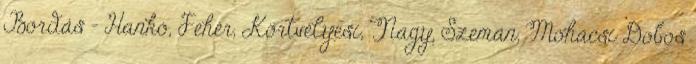
Bordás – Hankó, Fehér, Körtvélyesi, Nagy, Szemán, Mohácsi Dobos